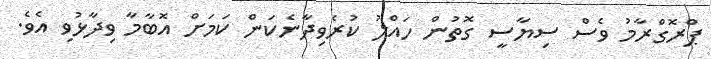
ޕްރޮގްރާމު ވެސް ސިޔާސީ ގޮތުން ހައްލު ކުރެވިދާނެކަން ކަމަށް އޮބާމާ ވިދާޅުވި އެވެ.